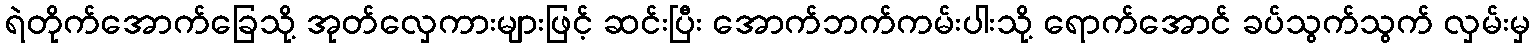
ရဲတိုက်အောက်ခြေသို့ အုတ်လှေကားများဖြင့် ဆင်းပြီး အောက်ဘက်ကမ်းပါးသို့ ရောက်အောင် ခပ်သွက်သွက် လှမ်းမှ